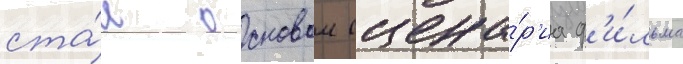
ста́л основои сцена́р'иа ф'и́льма